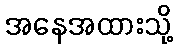
အနေအထားသို့